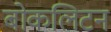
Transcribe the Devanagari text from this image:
बोकलिटन